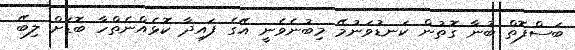
ބަސްފޮތް ބުނާ ގޮތުން ކަނޑުވަނުމޭ މިބުނެވެނީ އޭގެ ފައިދާ ކޮޅެއްނެތްހާ ބޮޑަށް ލިބޭ